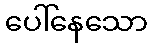
ပေါ်နေသော